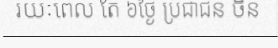
រយៈពេល តែ ៦ថ្ងៃ ប្រជាជន ចិន